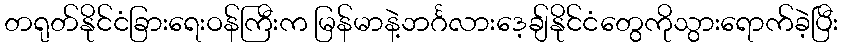
တရုတ်နိုင်ငံခြားရေးဝန်ကြီးက မြန်မာနဲ့ဘင်္ဂလားဒေ့ချ်နိုင်ငံတွေကိုသွားရောက်ခဲ့ပြီး